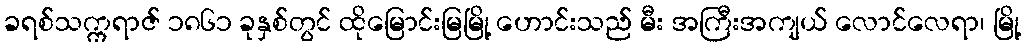
ခရစ်သက္ကရာဇ် ၁၈၆၁ ခုနှစ်တွင် ထိုမြောင်းမြမြို့ ဟောင်းသည် မီး အကြီးအကျယ် လောင်လေရာ၊ မြို့